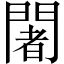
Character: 闍